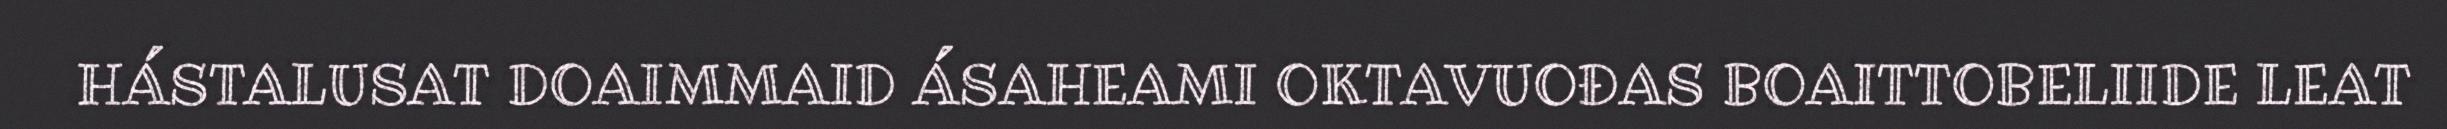
HÁSTALUSAT DOAIMMAID ÁSAHEAMI OKTAVUOĐAS BOAITTOBELIIDE LEAT